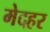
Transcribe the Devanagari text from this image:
मेदहर